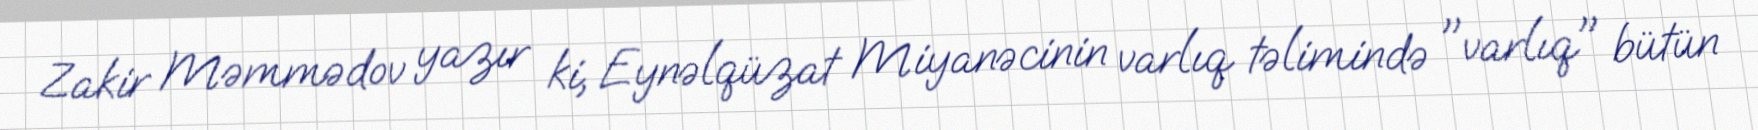
Zakir Məmmədov yazır ki, Eynəlqüzat Miyanəcinin varlıq təlimində "varlıq" bütün